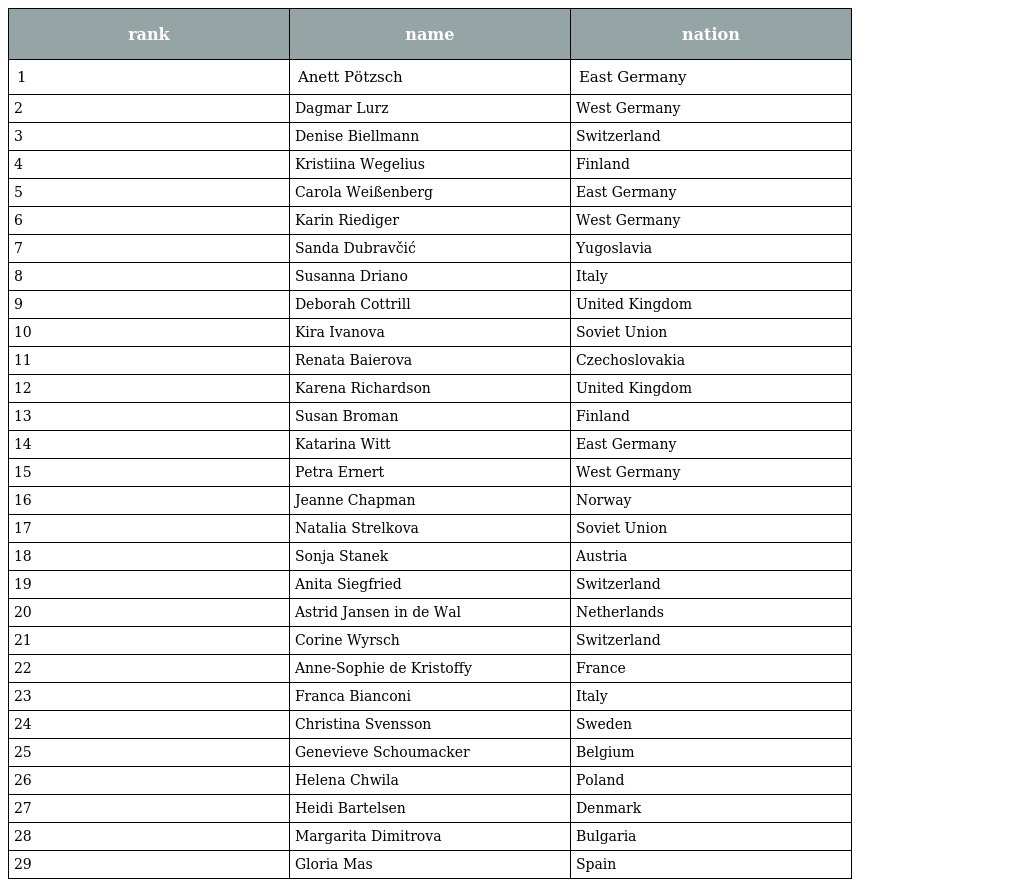
| rank | name | nation |
 | --- | --- | --- |
 | 1 | Anett Pötzsch | East Germany |
 | 2 | Dagmar Lurz | West Germany |
 | 3 | Denise Biellmann | Switzerland |
 | 4 | Kristiina Wegelius | Finland |
 | 5 | Carola Weißenberg | East Germany |
 | 6 | Karin Riediger | West Germany |
 | 7 | Sanda Dubravčić | Yugoslavia |
 | 8 | Susanna Driano | Italy |
 | 9 | Deborah Cottrill | United Kingdom |
 | 10 | Kira Ivanova | Soviet Union |
 | 11 | Renata Baierova | Czechoslovakia |
 | 12 | Karena Richardson | United Kingdom |
 | 13 | Susan Broman | Finland |
 | 14 | Katarina Witt | East Germany |
 | 15 | Petra Ernert | West Germany |
 | 16 | Jeanne Chapman | Norway |
 | 17 | Natalia Strelkova | Soviet Union |
 | 18 | Sonja Stanek | Austria |
 | 19 | Anita Siegfried | Switzerland |
 | 20 | Astrid Jansen in de Wal | Netherlands |
 | 21 | Corine Wyrsch | Switzerland |
 | 22 | Anne-Sophie de Kristoffy | France |
 | 23 | Franca Bianconi | Italy |
 | 24 | Christina Svensson | Sweden |
 | 25 | Genevieve Schoumacker | Belgium |
 | 26 | Helena Chwila | Poland |
 | 27 | Heidi Bartelsen | Denmark |
 | 28 | Margarita Dimitrova | Bulgaria |
 | 29 | Gloria Mas | Spain |